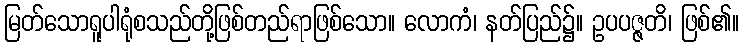
မြတ်သောရူပါရုံစသည်တို့ဖြစ်တည်ရာဖြစ်သော။ လောကံ၊ နတ်ပြည်၌။ ဥပပဇ္ဇတိ၊ ဖြစ်၏။